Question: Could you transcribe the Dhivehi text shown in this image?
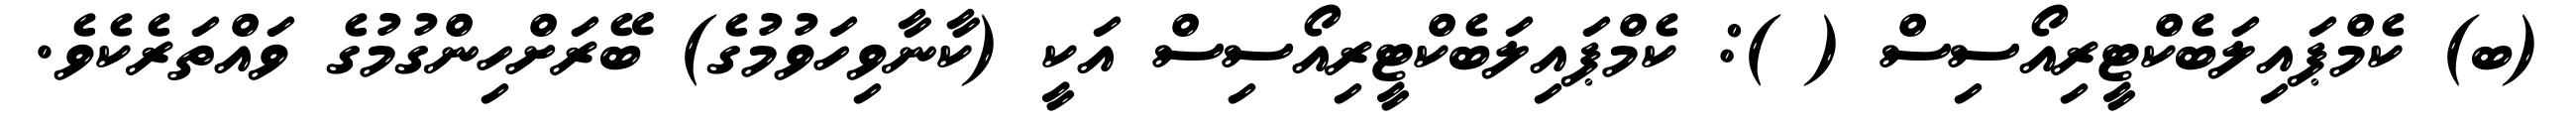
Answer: (ބ) ކެމްޕައިލަބެކްޓީރިއޯސިސް ( ): ކެމްޕައިލަބެކްޓީރިއޯސިސް އަކީ (ކާނާވިހަވުމުގެ) ބޭރަށްހިންގުމުގެ ވައްތަރެކެވެ.